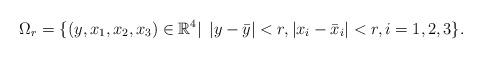
LaTeX: \begin{align*}\Omega_r=\{(y, x_1, x_2, x_3)\in \mathbb{R}^4|\; \left|y-\bar y\right| < r, \left|x_i -\bar x_i\right| < r, i=1, 2, 3\}.\end{align*}